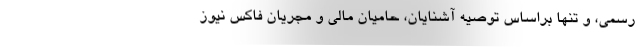
رسمی، و تنها براساس توصیهٔ آشنایان، حامیان مالی و مجریان فاکس نیوز